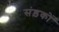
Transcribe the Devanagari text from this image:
संड़कों